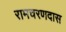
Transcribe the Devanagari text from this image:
रामचरणदास